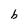
Character: b